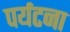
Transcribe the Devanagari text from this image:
पर्यटना